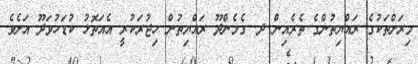
މިރަށްތަކުގެ ރައްޔިތުންގެ ތެރެއިން ދ. ގެމެންދޫ ރައްޔިތުން ހިޖުރަކުރީ އެއަތޮޅު ކުޑަހުވަދޫ އަށެވެ.